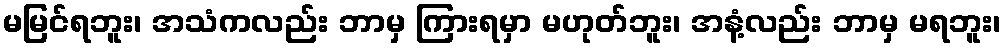
မမြင်ရဘူး၊ အသံကလည်း ဘာမှ ကြားရမှာ မဟုတ်ဘူး၊ အနံ့လည်း ဘာမှ မရဘူး၊